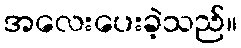
အလေးပေးခဲ့သည်။